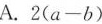
A.$$2(a-b)$$